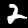
Digit: 2